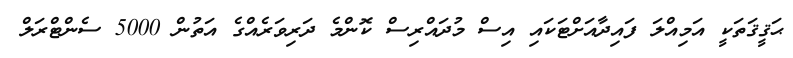
ޙަޤީޤަތަކީ އަމިއްލަ ފައިދާއަށްޓަކައި އިސް މުދައްރިސް ކޮންމެ ދަރިވަރެއްގެ އަތުން 5000 ސެންޓްރަލް